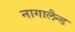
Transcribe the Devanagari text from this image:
नागालैन्ड